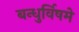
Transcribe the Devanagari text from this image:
बन्धुर्विषमे